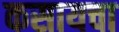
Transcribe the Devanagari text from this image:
कसायचा